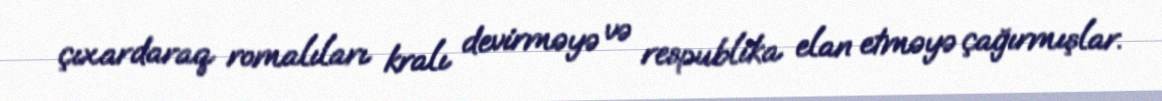
çıxardaraq romalıları kralı devirməyə və respublika elan etməyə çağırmışlar.